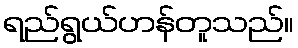
ရည်ရွယ်ဟန်တူသည်။